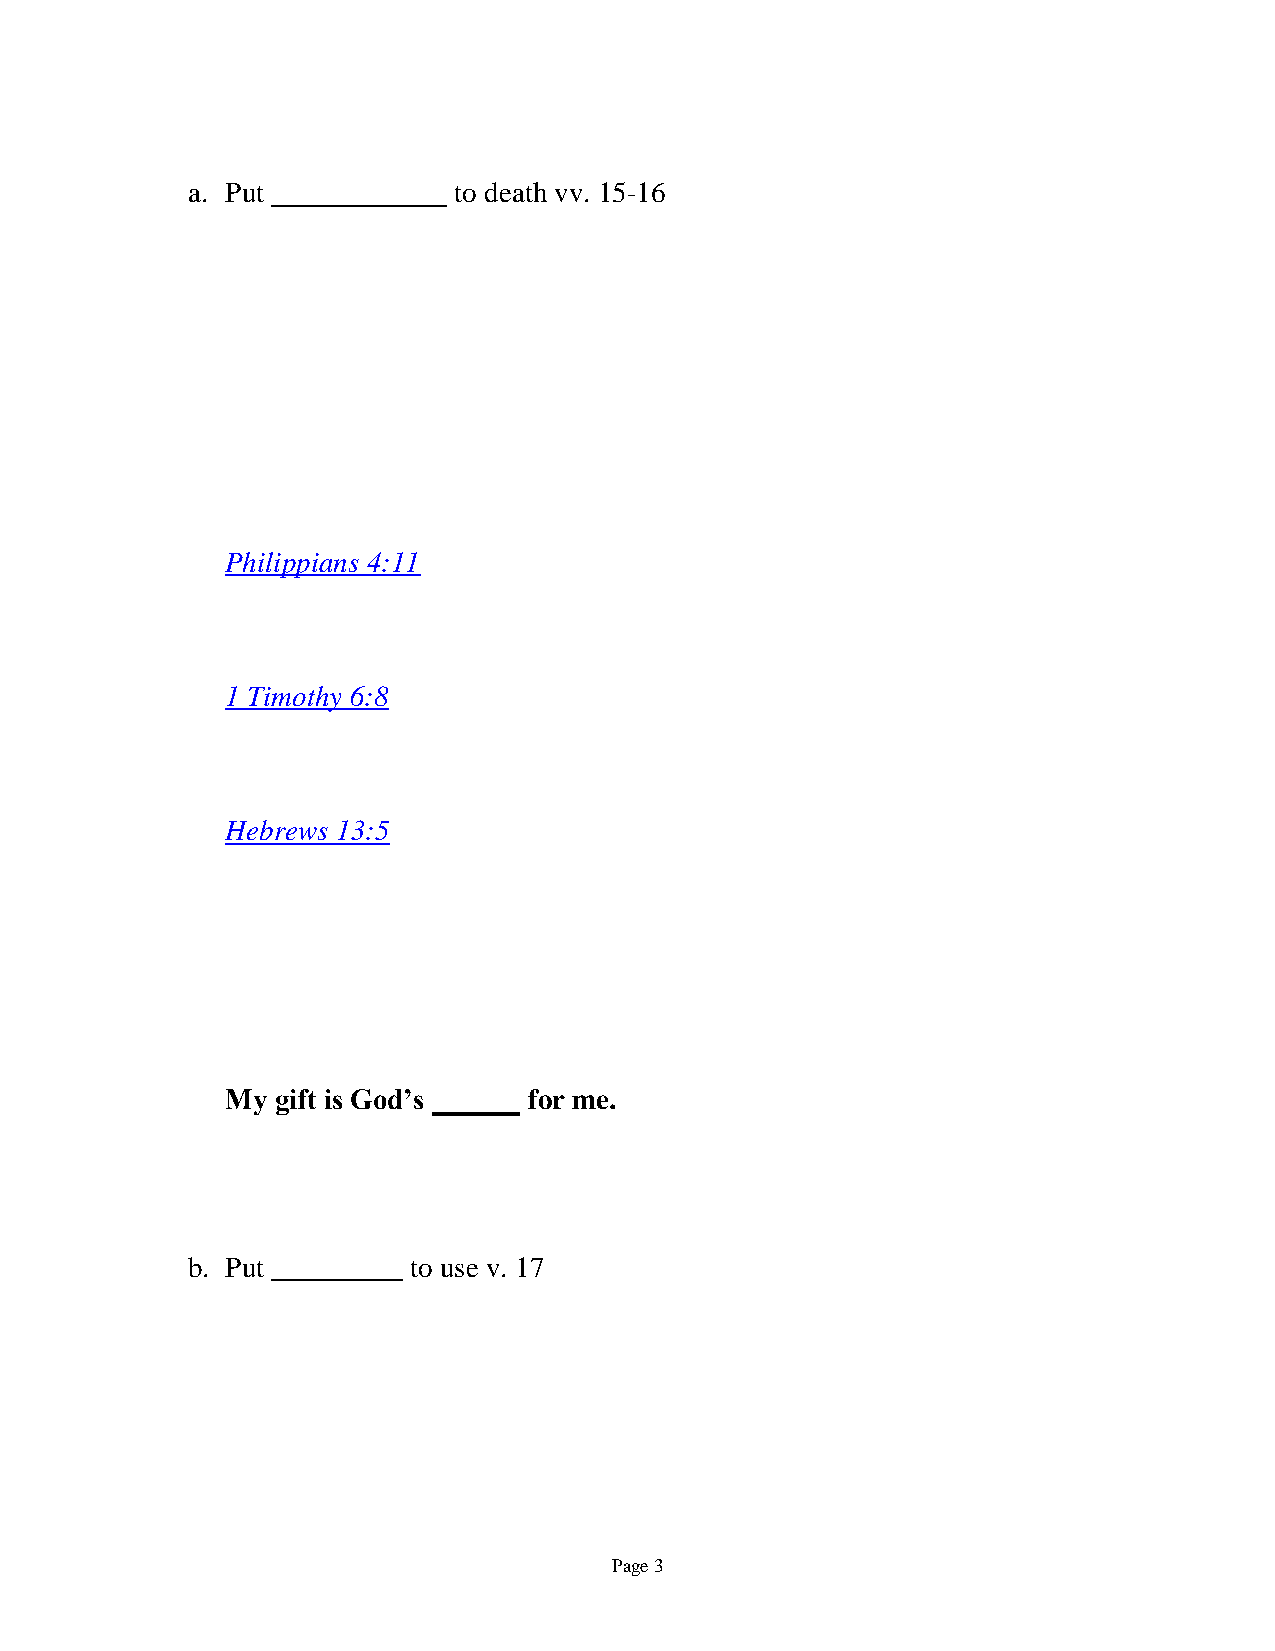
a. Put            to death vv. 15-16
 Philippians 4:11
 1 Timothy 6:8
 Hebrews 13:5
 My gift is God’s    for me.
 b. Put         to use v. 17
 Page 3